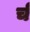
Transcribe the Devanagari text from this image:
र्च